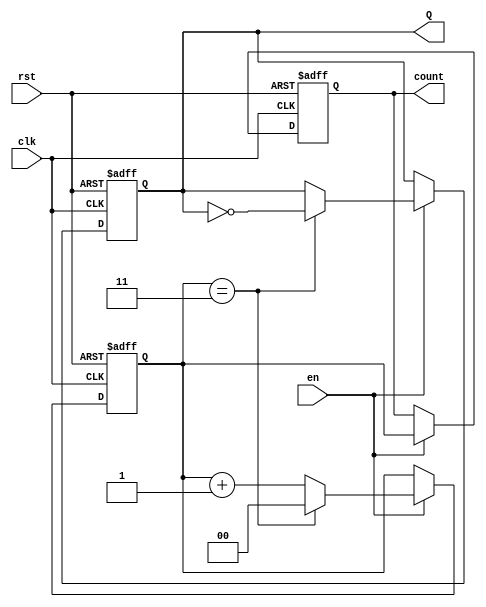
module DivideByNCounter #(
    parameter N = 4 // Set a default value for N
)(
    input wire clk,
    input wire rst,
    input wire en,
    output reg Q,
    output reg [$clog2(N)-1:0] count // Optional debug output
);

    // Internal counter
    reg [$clog2(N)-1:0] internal_count;

    // Always block for counting logic
    always @(posedge clk or posedge rst) begin
        if (rst) begin
            internal_count <= 0;
            Q <= 0;
        end else if (en) begin
            // Increment the counter
            if (internal_count == (N - 1)) begin
                internal_count <= 0; // Reset counter
                Q <= ~Q; // Toggle output
            end else begin
                internal_count <= internal_count + 1; // Increment counter
            end
        end
    end

    // Assign count output for debugging
    always @(posedge clk or posedge rst) begin
        if (rst) begin
            count <= 0;
        end else if (en) begin
            count <= internal_count; // Reflect current count
        end
    end

endmodule